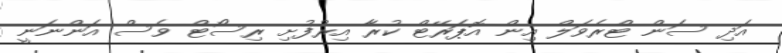
އަދި ސަން ޓްރެވަލް އިން އޮޕަރޭޓް ކުރާ އިރުފުށި ރިސޯޓް ވެސް އަންނަނީ